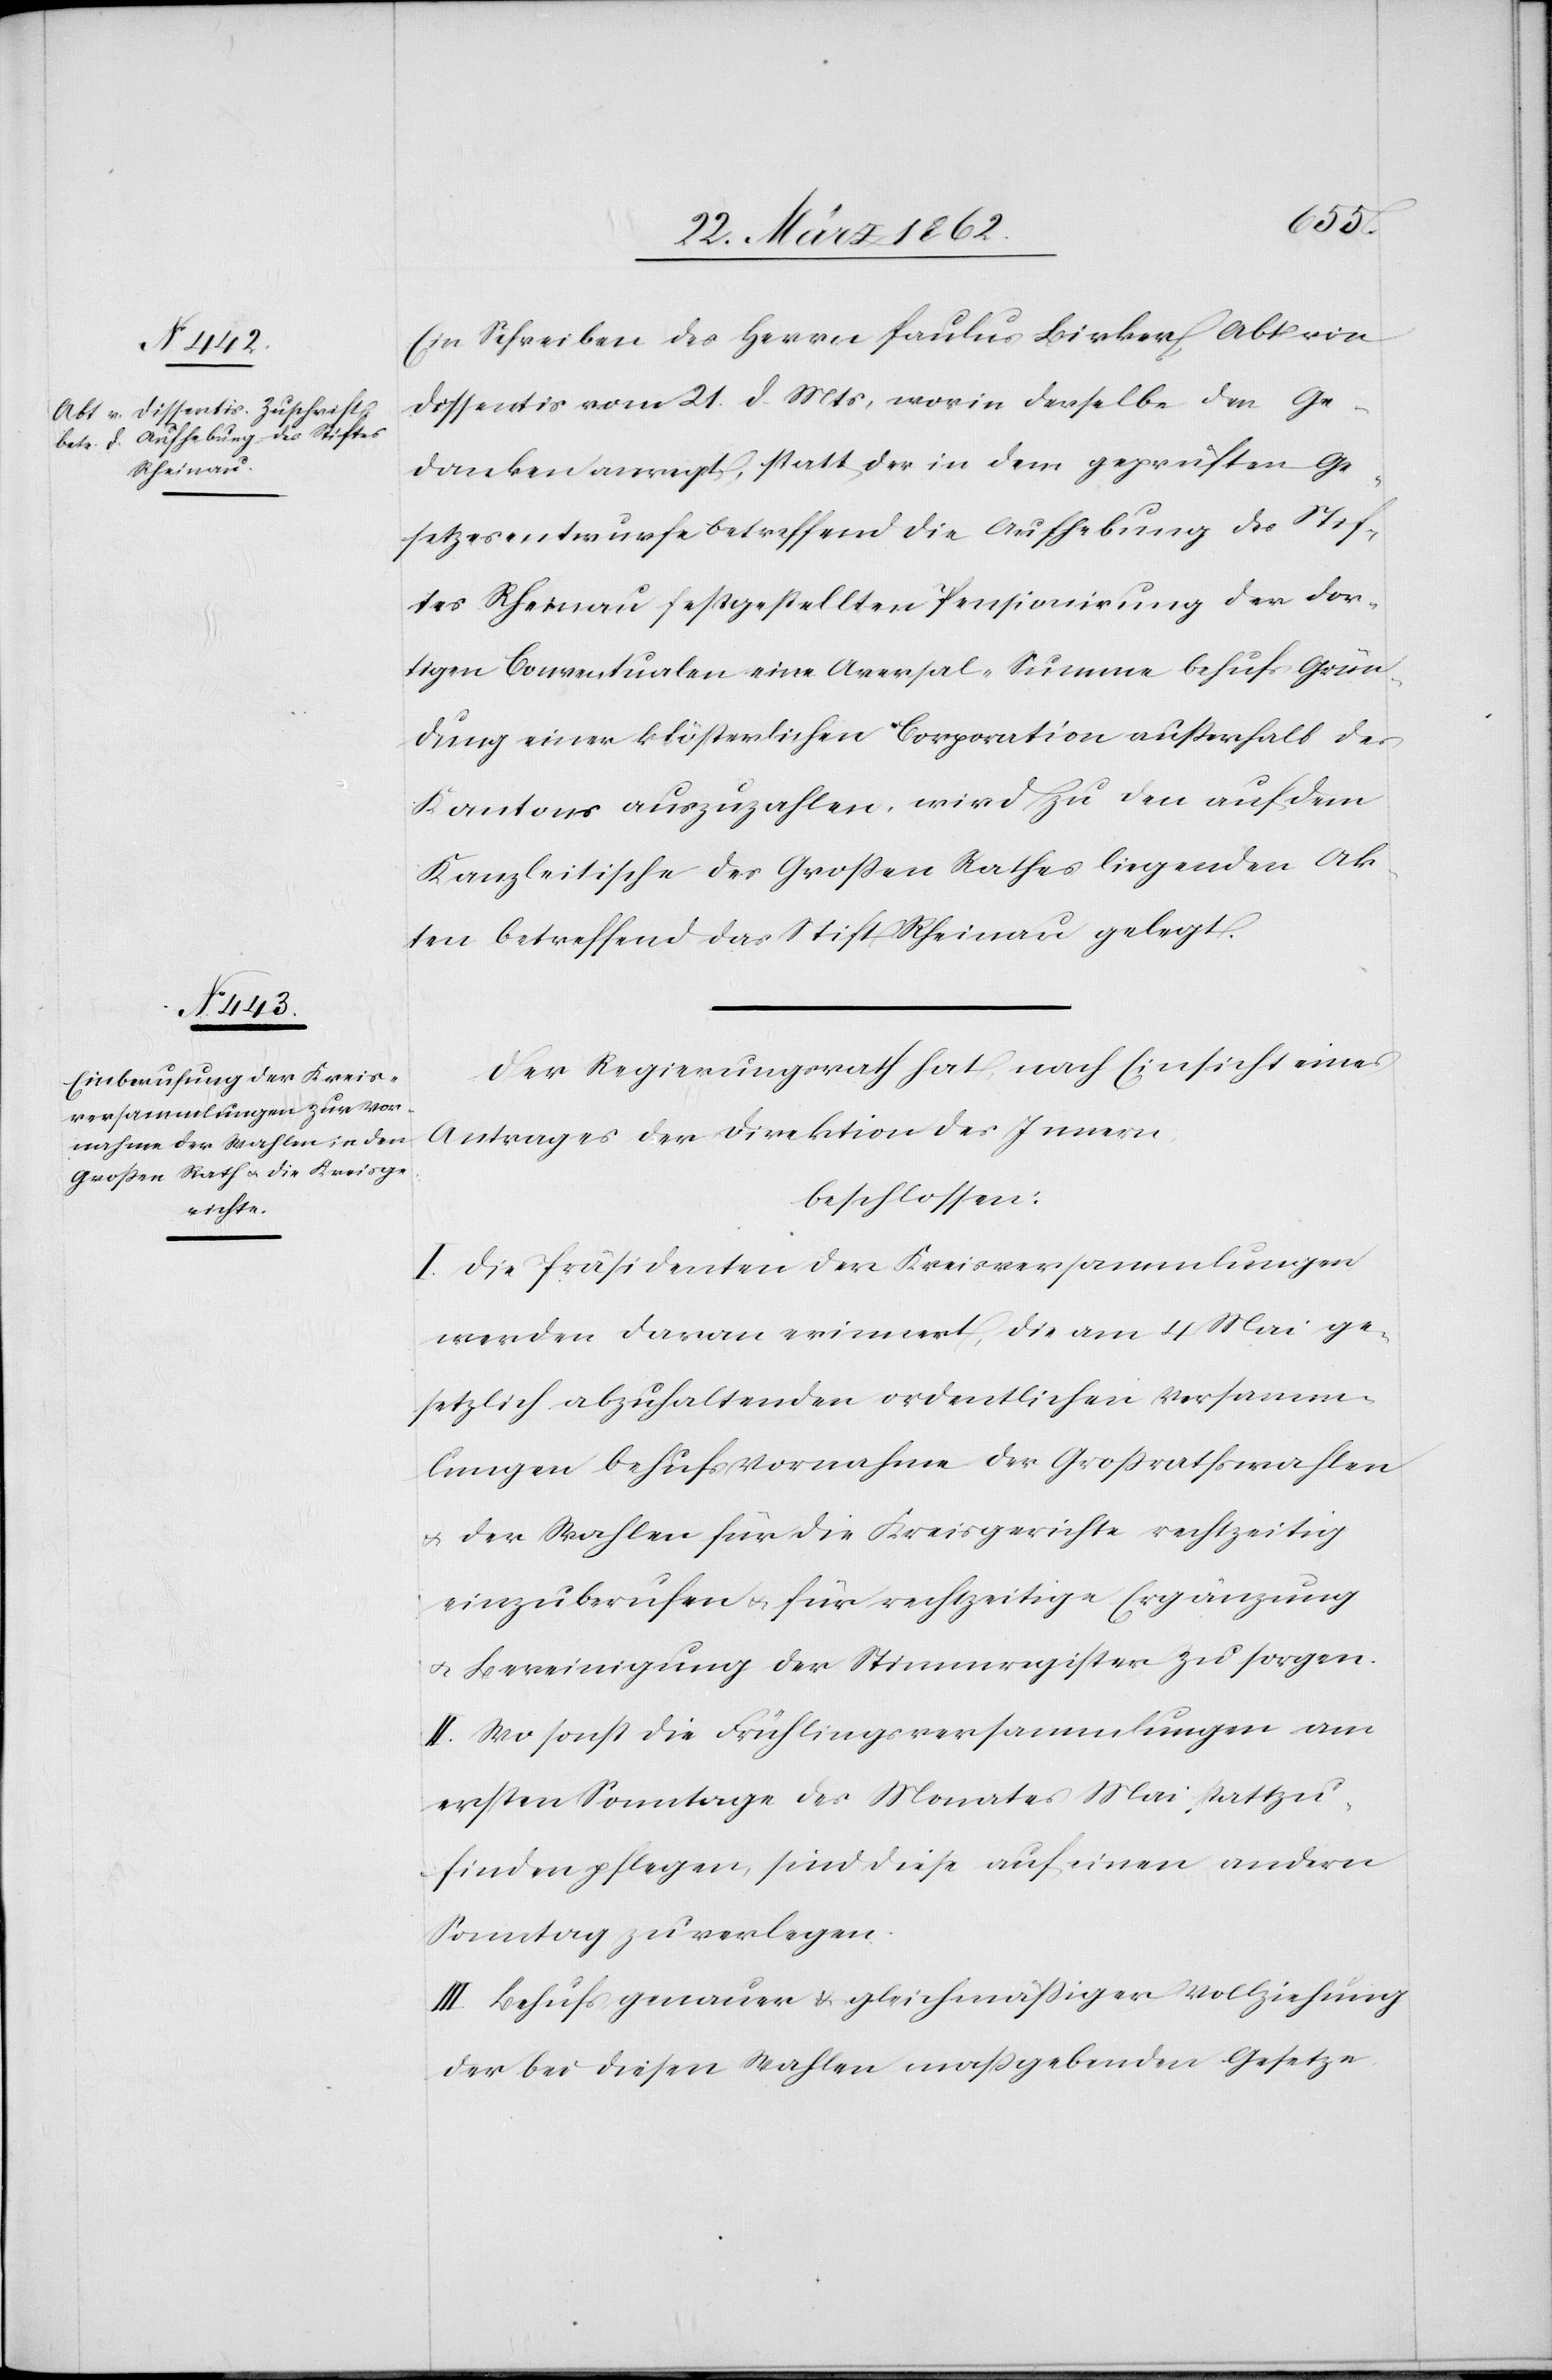
Ein Schreiben des Herrn Paulus Birker, Abt von
Dissentis vom 21. d. Mts, worin derselbe den Ge¬
danken anregt, statt der in dem geprüften Ge¬
setzesentwurfe betreffend die Aufhebung des Stif¬
tes Rheinau festgestellten Pensionirung der dor¬
tigen Conventualen eine Aversal-Summe behufs Grün¬
dung einer klösterlichen Corporation außerhalb des
Kantons auszuzahlen, wird zu den auf dem
Kanzleitische des Großen Rathes liegenden Ak¬
ten betreffend das Stift Rheinau gelegt.
Der Regierungsrath hat, nach Einsicht eines
Antrages der Direktion des Innern
beschlossen:
I. Die Präsidenten der Kreisversammlungen
werden daran erinnert, die am 4 Mai ge¬
setzlich abzuhaltenden ordentlichen Versamm¬
lungen behufs Vornahme der Großrathswahlen
u. der Wahlen für die Kreisgerichte rechtzeitig
einzuberufen u. für rechtzeitige Ergänzung
u. Bereinigung der Stimmenregister zu sorgen.
II. Wo sonst die Frühlingsversammlungen am
ersten Sonntage des Monats Mai stattzu¬
finden pflegen, sind diese auf einen andern
Sonntag zu verlegen.
III. Behufs genauer u. gleichmäßiger Vollziehung
der bei diesen Wahlen maßgebenden Gesetze